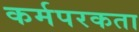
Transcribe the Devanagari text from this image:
कर्मपरकता